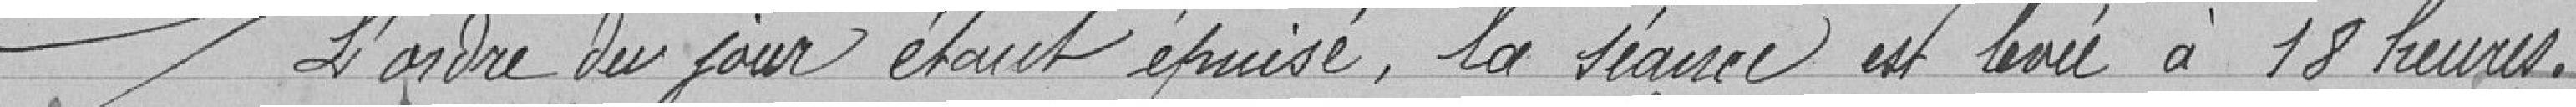
L'ordre du jour étant épuisé, la séance est levée à 18 heures.